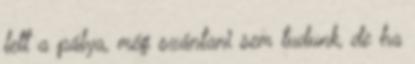
lett a pálya, még szántani sem tudunk, de ha